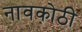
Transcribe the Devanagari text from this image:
नावकोठी